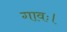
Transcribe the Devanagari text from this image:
गावः।